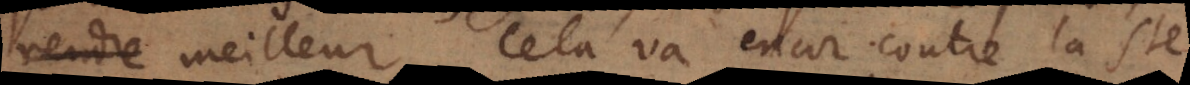
rendre meilleur. Cela va encor contre la Sainte